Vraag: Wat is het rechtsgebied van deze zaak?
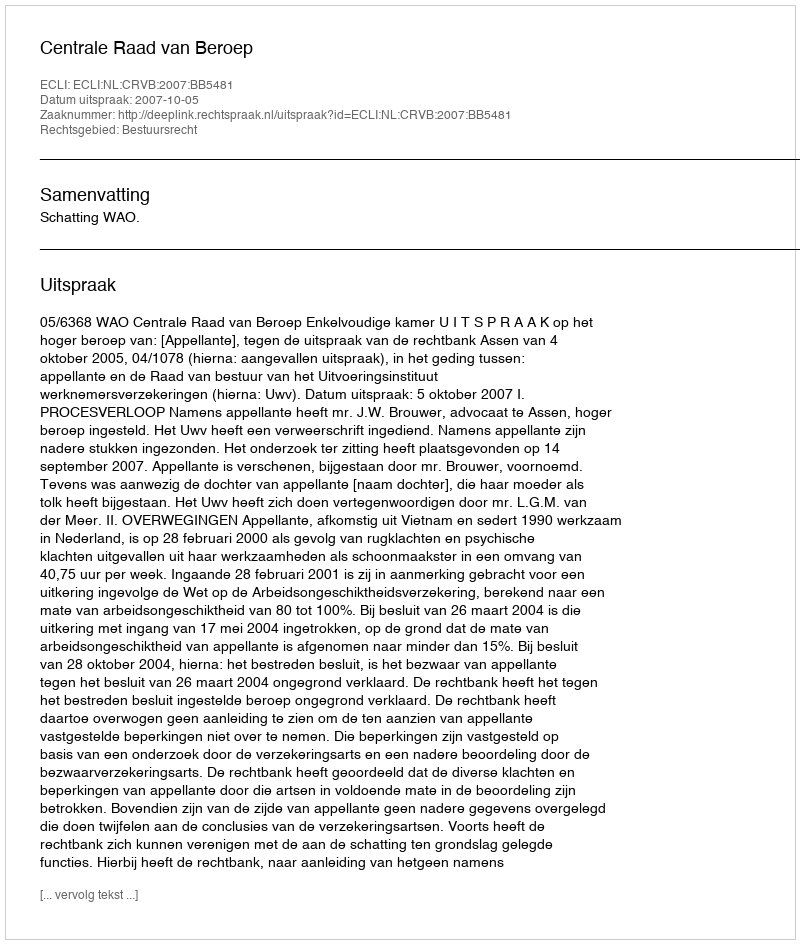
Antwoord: Bestuursrecht